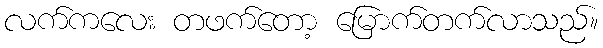
လက်ကလေး တဖက်တော့ မြောက်တက်လာသည်။